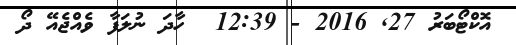
އޮކްޓޯބަރު 27